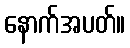
နောက်အပတ်။